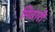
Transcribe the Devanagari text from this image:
मिठारी